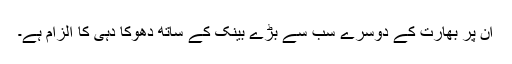
ان پر بھارت کے دوسرے سب سے بڑے بینک کے ساتھ دھوکا دہی کا الزام ہے۔